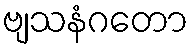
ဗျသနံဂတော